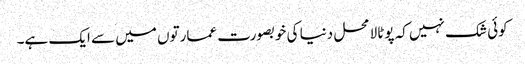
کوئی شک نہیں کہ پوٹالا محل دنیا کی خوبصورت عمارتوں میں سے ایک ہے۔